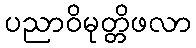
ပညာဝိမုတ္တိဖလာ